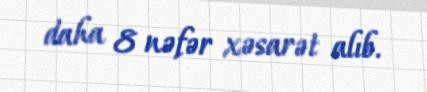
daha 8 nəfər xəsarət alıb.